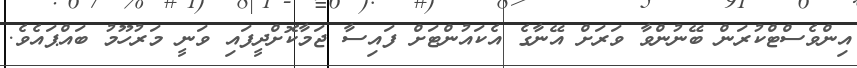
އިންވެސްޓްކުރަން ބޭނުންވާ ވަރަށް އޭނާގެ އެކައުންޓަށް ފައިސާ ޖަމާކޮށްދީފައި ވަނީ މަރުހޫމު ބައްޕައެވެ.